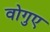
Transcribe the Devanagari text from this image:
वोगुए